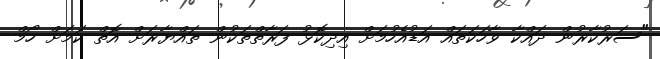
"ސަރުކާރުން ދައްކާ ވާހަކަތައް އަޑުއެހުމަށް އިދިކޮޅު ފަރާތްތަކުން ތައްޔާރަށް އޮތް ކަމަށް ހޯމް